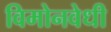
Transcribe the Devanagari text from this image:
विमोनवेधी